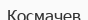
Космачев